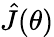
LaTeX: \hat{J}(\theta)